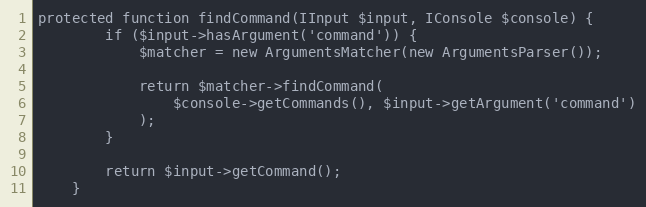
Language: PHP
protected function findCommand(IInput $input, IConsole $console) {
        if ($input->hasArgument('command')) {
            $matcher = new ArgumentsMatcher(new ArgumentsParser());

            return $matcher->findCommand(
                $console->getCommands(), $input->getArgument('command')
            );
        }

        return $input->getCommand();
    }